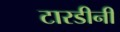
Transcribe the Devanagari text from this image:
टारडीनी